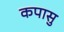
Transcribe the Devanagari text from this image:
कपासु